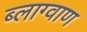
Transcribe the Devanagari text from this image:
ब्लाग्वाण